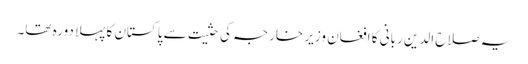
یہ صلاح الدین ربانی کا افغان وزیر خارجہ کی حثیت سے پاکستان کا پہلا دورہ تھا۔